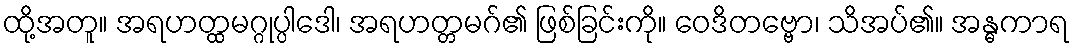
ထို့အတူ။ အရဟတ္ထမဂ္ဂုပ္ပါဒေါ၊ အရဟတ္တမဂ်၏ ဖြစ်ခြင်းကို။ ဝေဒိတဗ္ဗော၊ သိအပ်၏။ အန္ဓကာရ